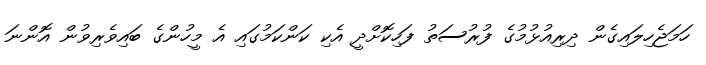
ހަމަޖެހިލައިގެން ދިރިއުޅުމުގެ ފުރުސަތު ފަހިކޮށްދީ އެކި ކަންކަމުގައި އެ މީހުންގެ ބައިވެރިވުން އޮންނަ